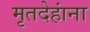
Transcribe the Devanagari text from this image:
मृतदेहांना